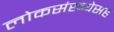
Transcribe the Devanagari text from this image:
लोकसंख्येसह